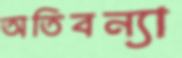
অতিবন্যা